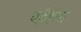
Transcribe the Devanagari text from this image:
बड़ैहया